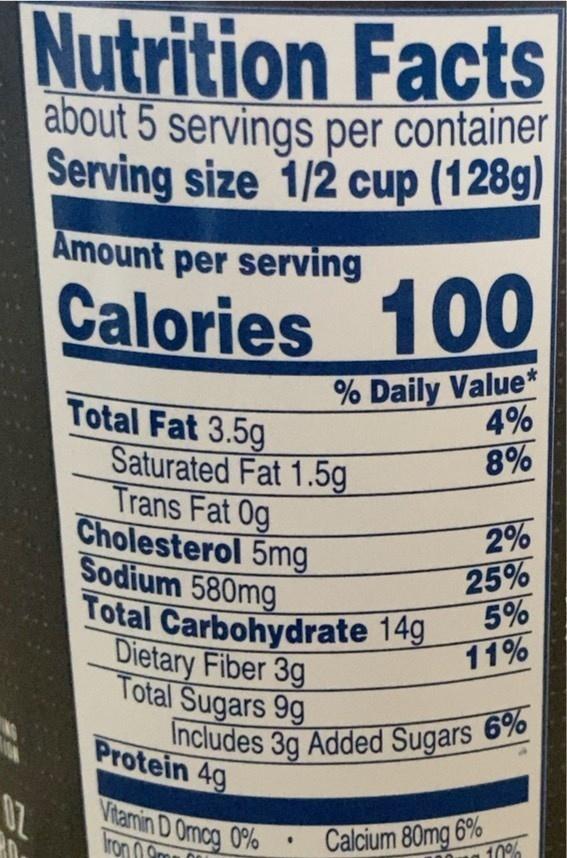
Includes 3g Added Sugars 6% Total Carbohydrate 14g
Nutrition Facts about 5 servings per container Serving size 1/2 cup (128g)
Amount per serving
Calories 100
% Daily Value* 4%
Total Fat 3.5g Saturated Fat 1.5g Trans Fat 0g Cholesterol 5mg Sodium 580mg
8%
2% 25% 5% 11%
Dietary Fiber 3g Total Sugars 9g
Protein 4g
Vitamin D Omcg 0% Iron 0 9m
Calcium 80mg 6% 10%